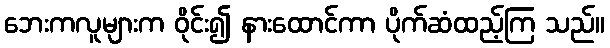
ဘေးကလူများက ဝိုင်း၍ နားထောင်ကာ ပိုက်ဆံထည့်ကြ သည်။